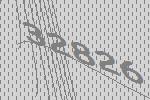
32826